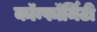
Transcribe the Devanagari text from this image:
कॉन्फॉर्मिटी